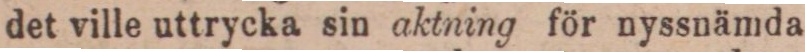
det ville uttrycka sin aktning för nyssnämda